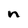
Character: n